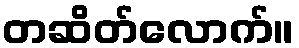
တဆိတ်လောက်။